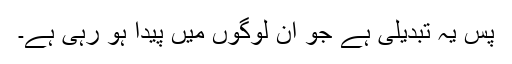
پس یہ تبدیلی ہے جو اُن لوگوں میں پیدا ہو رہی ہے۔